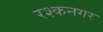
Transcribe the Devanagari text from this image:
रश्कनगर